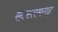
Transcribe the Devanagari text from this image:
रूस्तमगढ़